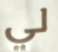
لي